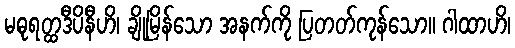
မဓုရတ္ထဒီပိနီဟိ၊ ချိုမြိန်သော အနက်ကို ပြတတ်ကုန်သော။ ဂါထာဟိ၊